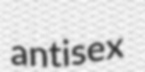
antisex